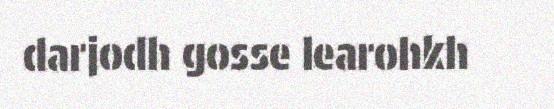
darjodh gosse learohkh